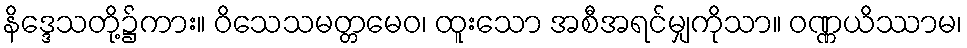
နိဒ္ဒေသတို့၌ကား။ ဝိသေသမတ္တမေဝ၊ ထူးသော အစီအရင်မျှကိုသာ။ ဝဏ္ဏယိဿာမ၊